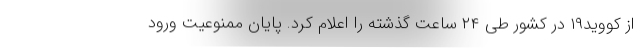
از کووید۱۹ در کشور طی ۲۴ ساعت گذشته را اعلام کرد. پایان ممنوعیت ورود